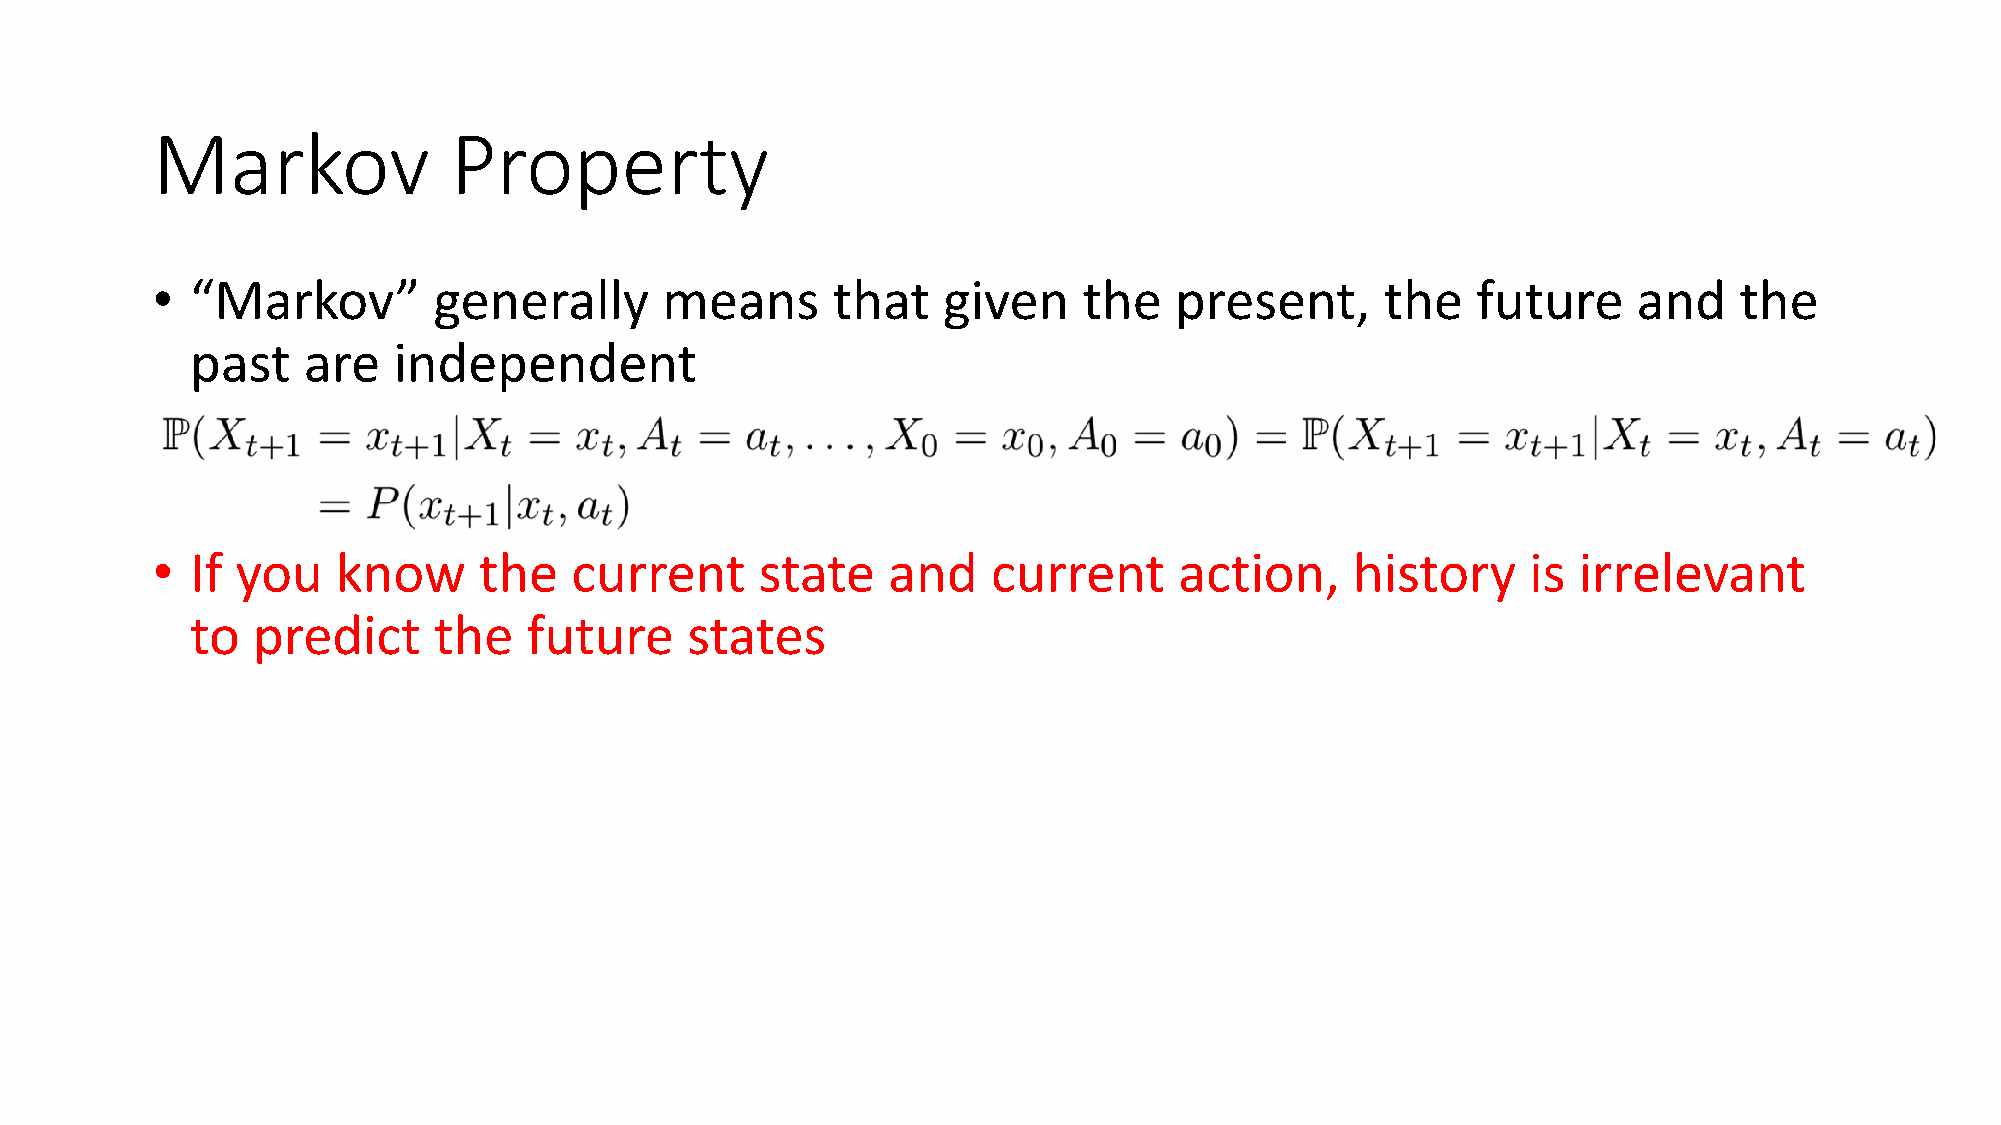
Markov              Property
 •  “Markov”        generally      means      that   given     the   present,      the   future    and    the
 past   are   independent
 •  If you   know      the   current     state    and    current     action,     history    is irrelevant
 to  predict     the   future    states